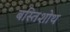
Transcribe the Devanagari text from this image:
बस्तिशोथ